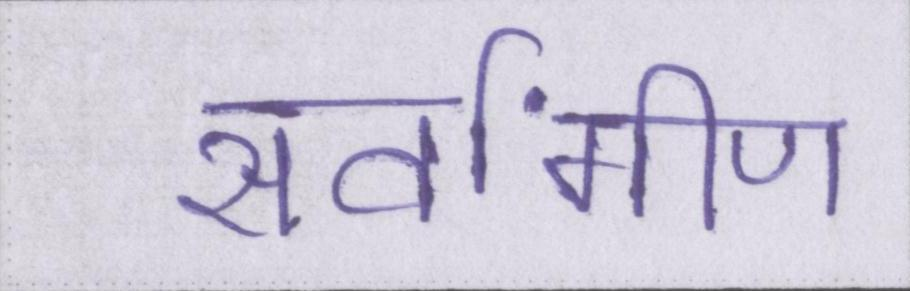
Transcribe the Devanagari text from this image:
सर्वांगीण